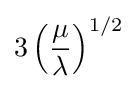
3\left({\frac {\mu }{\lambda }}\right)^{1/2}